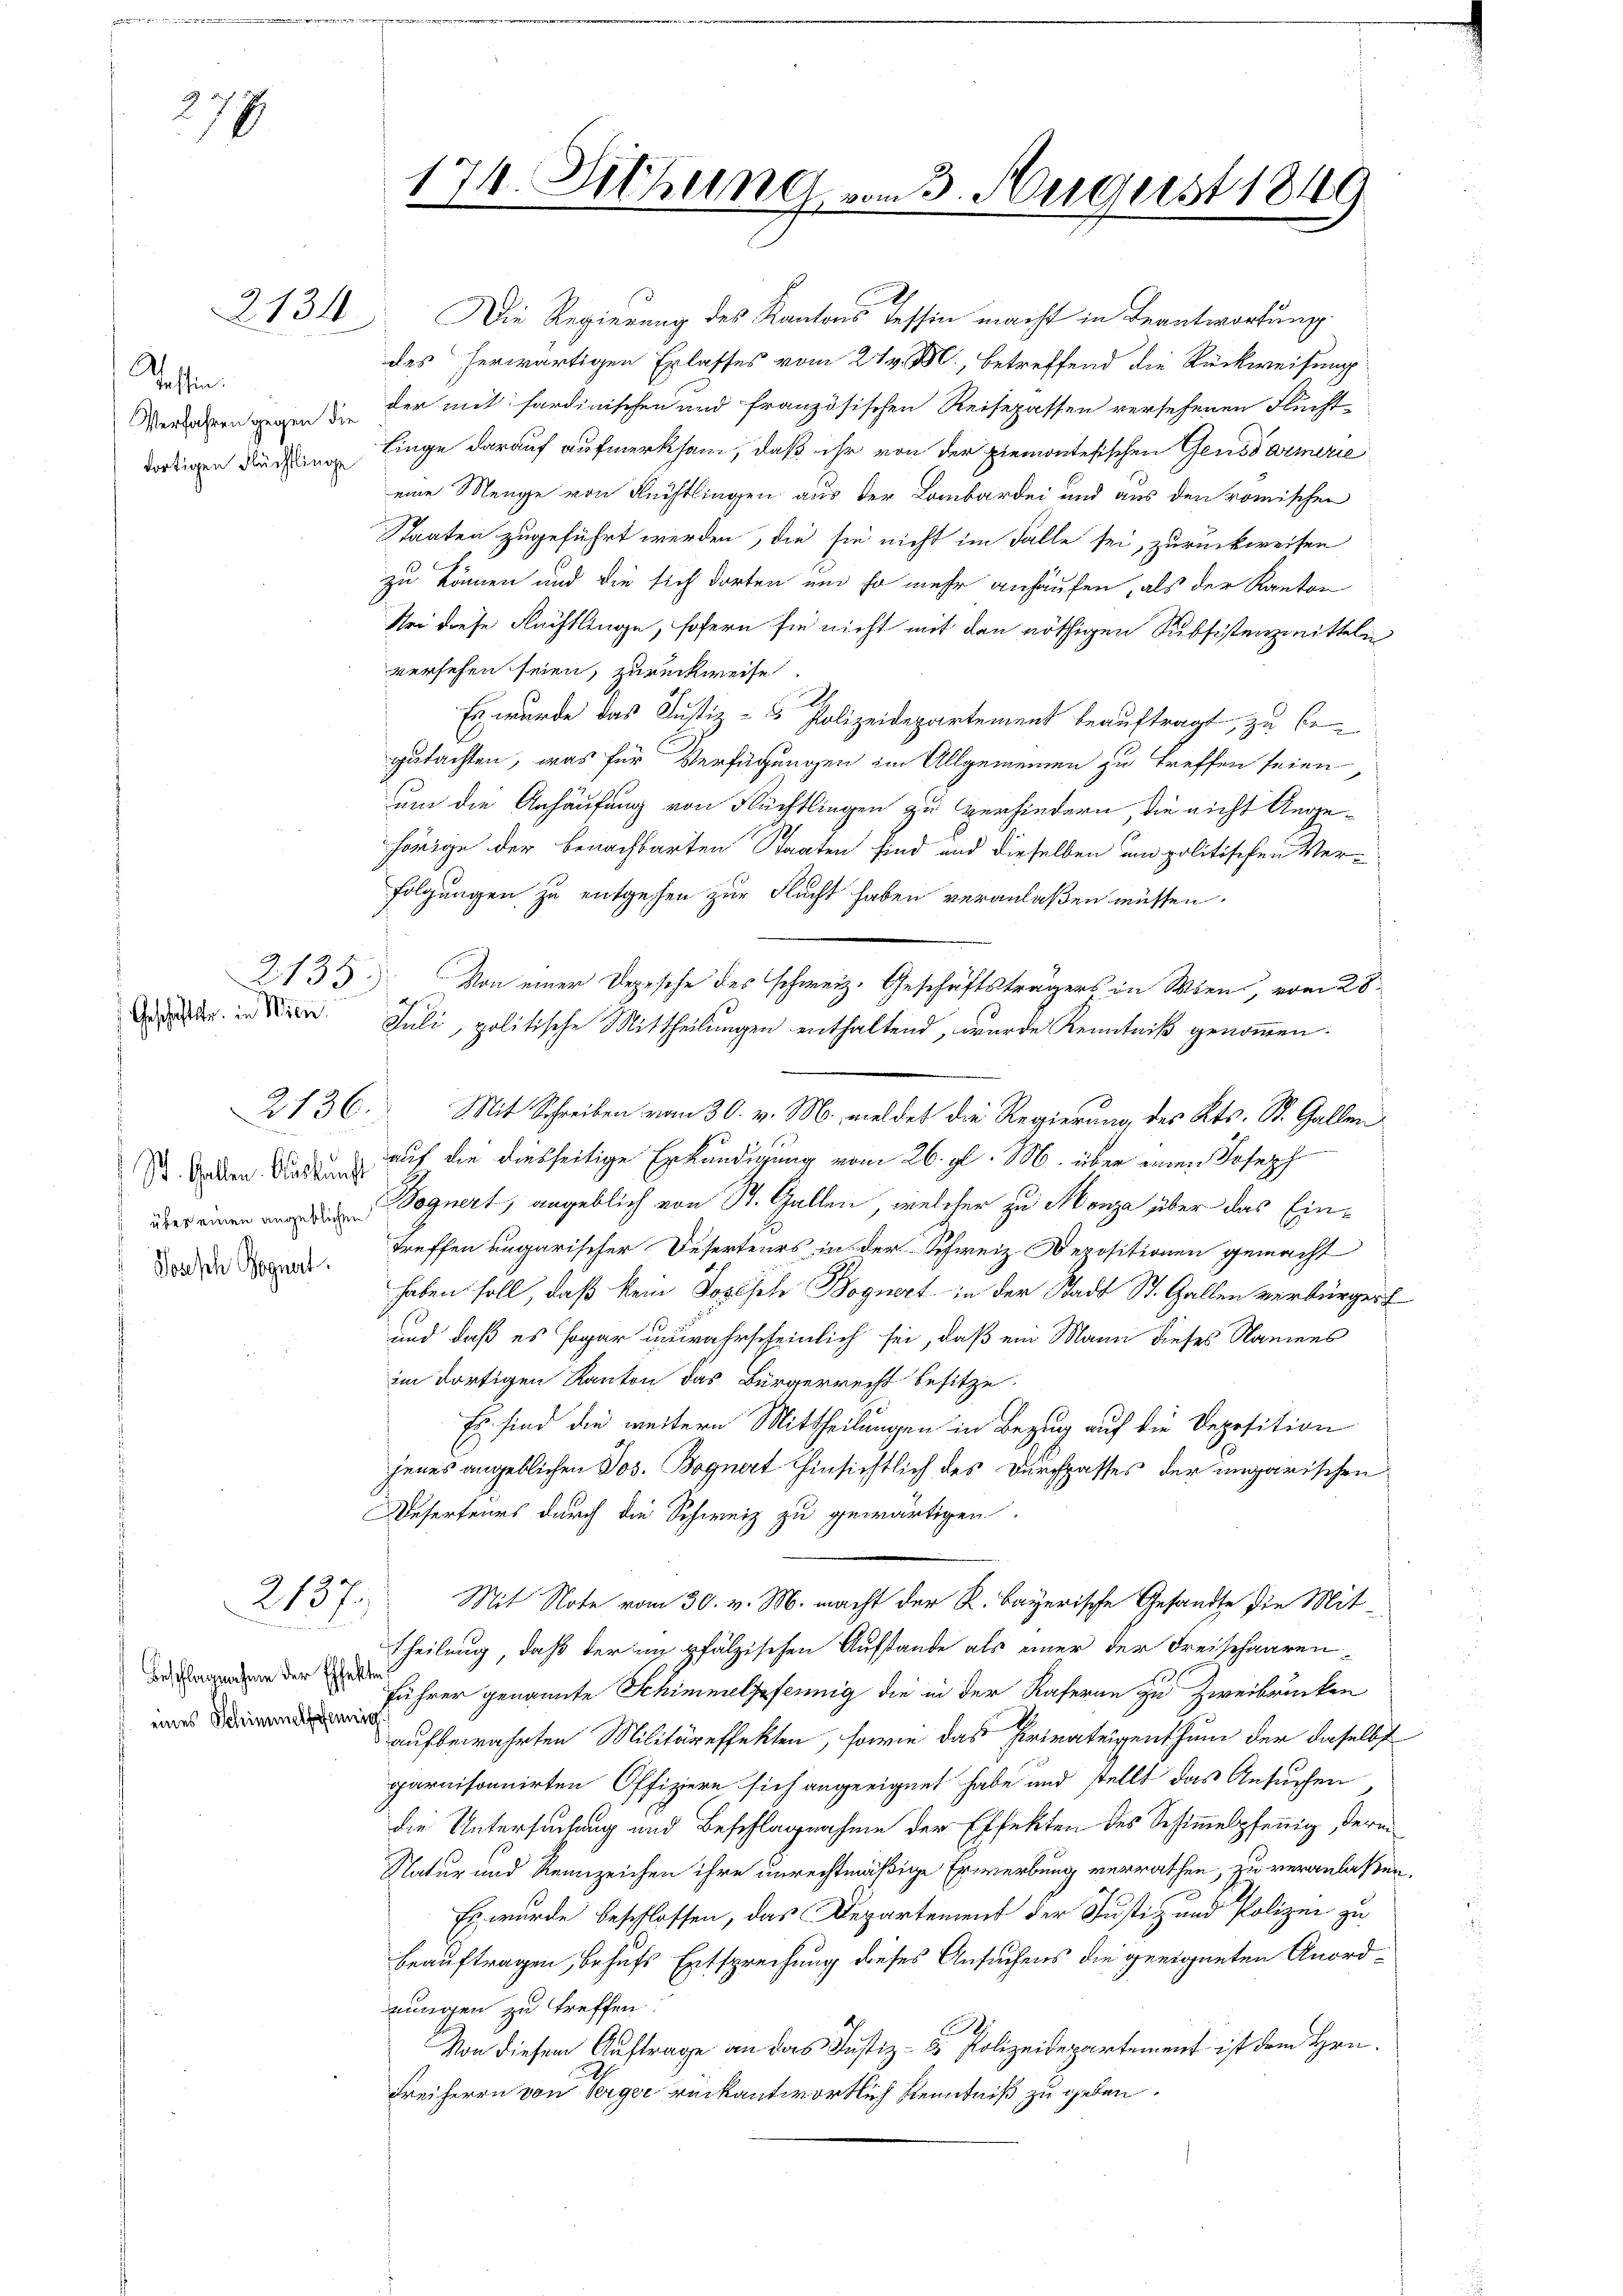
2
277

2134

Schaffen.

Geschäftstr. in Wien.

über einen angeblichen
Dosisch Regnert.

2137.

eines Schimmelffennig

174. Diehung vom 3. August 1849
e

Die Regierung des Kantons Tessin macht in Beantwortung.
des herwärtigen Erlasses vom 27 v. M., betreffend die Rückweisung
Verwachen gegen in der mit sardinischen und französischen Reisepassen versehenen Flucht-
dortigen Dachen Linge darauf aufmerksam, daß ihr von der piemontesischen Gensdarmerie
eine Menge von Flüchtlingen aus der Lombardei und aus den römischen
Staaten zugeführt werden, die sie nicht im Falle sei, zurückweisen
zu können und die sich dorten um so mehr anhäufen, als der Kanton
Sei diese Nächtlinge, sofern sie nicht mit den nöthigen Subsistenzmitteln
versehen seien, zurückweise.
x
Es wurde das Justiz- & Polizeidepartement beauftragt, zu begutachten, was für Verfügungen im Allgemeinen zu treffen seien
um die Anhäufung von Flüchtlingen zu verhindern, die nicht Angehörige der benachbarten Staaten sind und dieselben und politischen Ver-
folgungen zu entgehen zur Flucht haben veranlaßen müssen.
2133 Von einer Depesche des schweiz. Geschäftsträgers in Wien, vom 28.
Juli, politische Mittheilungen enthaltend, wurde Kenntniß genommen.
2136. Mit Schreiben vom 30. v. M. meldet die Regierung des Kts. St. Gallen
St. Gaben die auf die diesseitige Erkundigung vom 26. gl. M. über einen Joseph
Voguert, angeblich von St. Gallen, welcher zu Manze über das Eintreffen ungarischer Deserteurs in der Schweiz. Depositionen gemacht
haben soll, daß kein Josisch Boguert in der Stadt St. Gallen verbürger
und daß es sogar unwahrscheinlich sei, daß ein Mann dieses Namens
im dortigen Kanton das Bürgerrecht besitze.
Es sind die weitern Mittheilungen in Bezug auf die Deposition
jenes angeblichen Jos. Bognet hinsichtlich des Durchgasses der ungarischen
Deserteurs durch die Schweiz zu gewärtigen.
Mit Note vom 30. v. M. macht der R. Bayerische Gesandte die Mit¬
Theilung, daß der im pfälzischen Aufstande als einer der Freischaarene der den sehrer genannte Schimmelpfennig die in der Kaferan zu Zweibrücken
aufbewahrten Militäreffekten, sowie das Privateigenthum der daselbst
parnisonnirten Offiziere sich angeeignet habe und stellt das Ansuchen,
die Untersuchung und Beschlagnahme der Effekten des Schimmelpfennig, deren
Natur und Rennzeichen ihre unrechtmäßige Erwerbung verrathen, zu veranlaßen,
Es wurde beschlossen, das Departement der Justiz und Polizei zu
beauftragen, behufs Entsprechung dieses Ansuchens die geeigneten Anordnungen zu treffen
Von diesem Auftrage an das Justiz- & Polizeidepartement ist dem Hrn.
Freiherrn von Verger rückantwortlich Kenntniß zu geben.